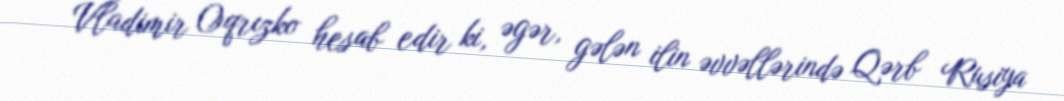
Vladimir Oqrızko hesab edir ki, əgər, gələn ilin əvvəllərində Qərb Rusiya